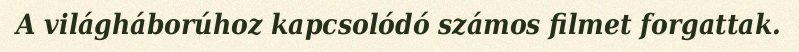
A világháborúhoz kapcsolódó számos filmet forgattak.